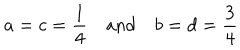
LaTeX: a = c = { \frac { 1 } { 4 } } \quad \mathrm { a n d } \quad b = d = { \frac { 3 } { 4 } }